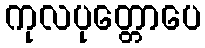
ကုလပုတ္တောပေ